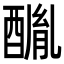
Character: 𨢂